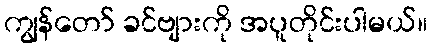
ကျွန်တော် ခင်ဗျားကို အပူတိုင်းပါမယ်။